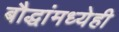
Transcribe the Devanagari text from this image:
बौद्धांमध्येही